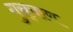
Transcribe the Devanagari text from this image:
गुस्र्चरण